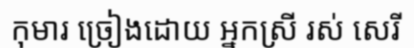
កុមារ ច្រៀងដោយ អ្នកស្រី រស់ សេរី